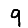
Digit: 9